Annual administration report of the Civil Veterinary Department of India - 1892-1893
Year: 1892
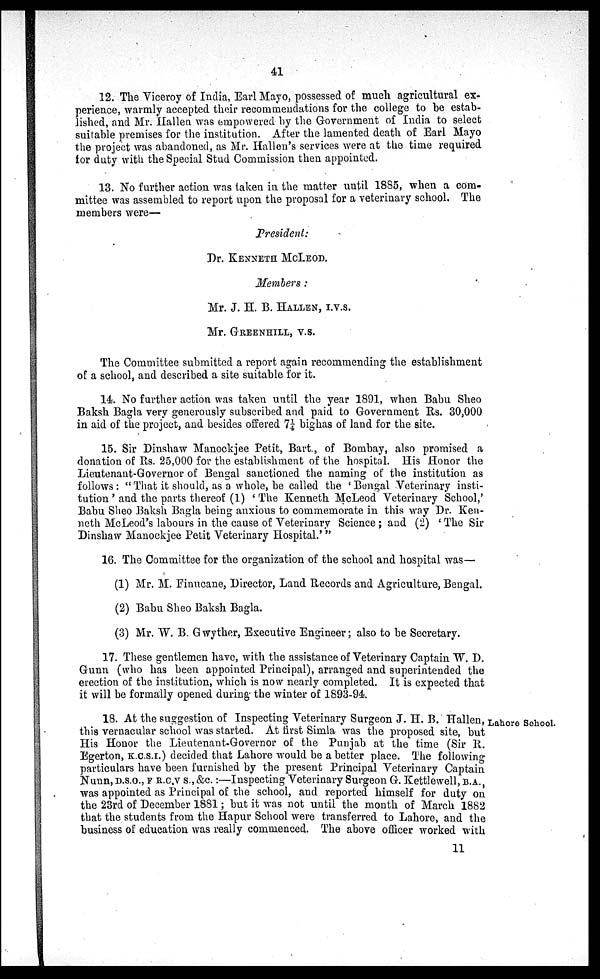
41
12. The Viceroy of India, Earl Mayo, possessed of much agricultural ex-
perience, warmly accepted their recommendations for the college to be estab-
lished, and Mr. Hallen was empowered by the Government of India to select
suitable premises for the institution. After the lamented death of Earl Mayo
the project was abandoned, as Mr. Hallen's services were at the time required
for duty with the Special Stud Commission then appointed.
13. No further action was taken in the matter until 1885, when a com-
mittee was assembled to report upon the proposal for a veterinary school. The
members were—
President:
Dr. KENNETH MCLEOD.
Members:
Mr. J. H. B. HALLEN, I.V.S.
Mr. GREENHILL, V.S.
The Committee submitted a report again recommending the establishment
of a school, and described a site suitable for it.
14. No further action was taken until the year 1891, when Babu Sheo
Baksh Bagla very generously subscribed and paid to Government Rs. 30,000
in aid of the project, and besides offered 7¼ bighas of land for the site.
15. Sir Dinshaw Manockjee Petit, Bart., of Bombay, also promised a
donation of Rs. 25,000 for the establishment of the hospital. His Honor the
Lieutenant-Governor of Bengal sanctioned the naming of the institution as
follows: "That it should, as a whole, be called the 'Bengal Veterinary insti-
tution' and the parts thereof (1) 'The Kenneth McLeod Veterinary School,'
Babu Sheo Baksh Bagla being anxious to commemorate in this way Dr. Ken-
neth McLeod's labours in the cause of Veterinary Science; and (2) ' The Sir
Dinshaw Manockjee Petit Veterinary Hospital.' "
16. The Committee for the organization of the school and hospital was—
(1) Mr. M. Finucane, Director, Land Records and Agriculture, Bengal.
(2) Babu Sheo Baksh Bagla.
(3) Mr. W. B. Gwyther, Executive Engineer; also to be Secretary.
17. These gentlemen have, with the assistance of Veterinary Captain W. D.
Gunn (who has been appointed Principal), arranged and superintended the
erection of the institution, which is now nearly completed. It is expected that
it will be formally opened during the winter of 1893-94.
Lahore School.
18. At the suggestion of Inspecting Veterinary Surgeon J. H. B. Hallen,
this vernacular school was started. At first Simla was the proposed site, but
His Honor the Lieutenant-Governor of the Punjab at the time (Sir R.
Egerton, K.C.S.I.) decided that Lahore would be a better place. The following
particulars have been furnished by the present Principal Veterinary Captain
Nunn, D.S.O., F R.C.V.S., &c.:—Inspecting Veterinary Surgeon G. Kettlewell,
B.A.,
was appointed as Principal of the school, and reported himself for duty on
the 23rd of December 1881; but it was not until the month of March 1882
that the students from the Hapur School were transferred to Lahore, and the
business of education was really commenced. The above officer worked with
11